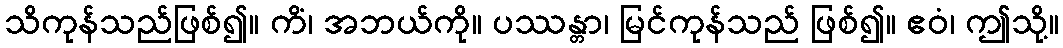
သိကုန်သည်ဖြစ်၍။ ကိံ၊ အဘယ်ကို။ ပဿန္တာ၊ မြင်ကုန်သည် ဖြစ်၍။ ဧဝံ၊ ဤသို့။